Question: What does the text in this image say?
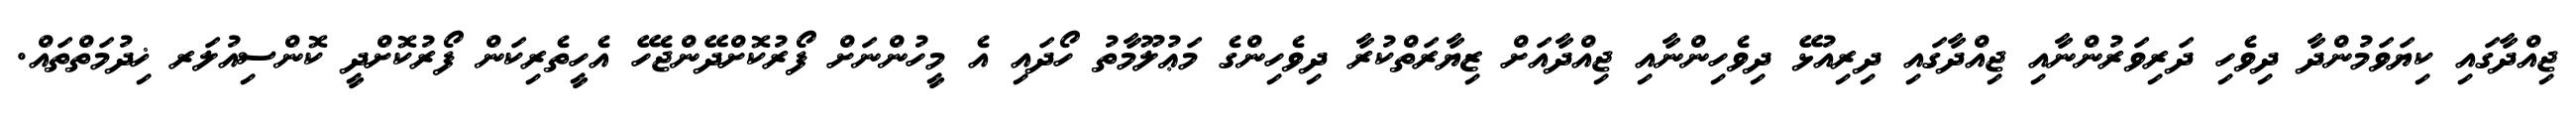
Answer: ޖިއްދާގައި ކިޔަވަމުންދާ ދިވެހި ދަރިވަރުންނާއި ޖިއްދާގައި ދިރިއުޅޭ ދިވެހިންނާއި ޖިއްދާއަށް ޒިޔާރަތްކުރާ ދިވެހިންގެ މަޢުލޫމާތު ހޯދައި އެ މީހުންނަށް ފޯރުކޮށްދޭންޖެހޭ އެހީތެރިކަން ފޯރުކޮށްދީ ކޮންސިއުލަރ ޚިދުމަތްތައް.